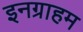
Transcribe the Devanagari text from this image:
इनग्राहम